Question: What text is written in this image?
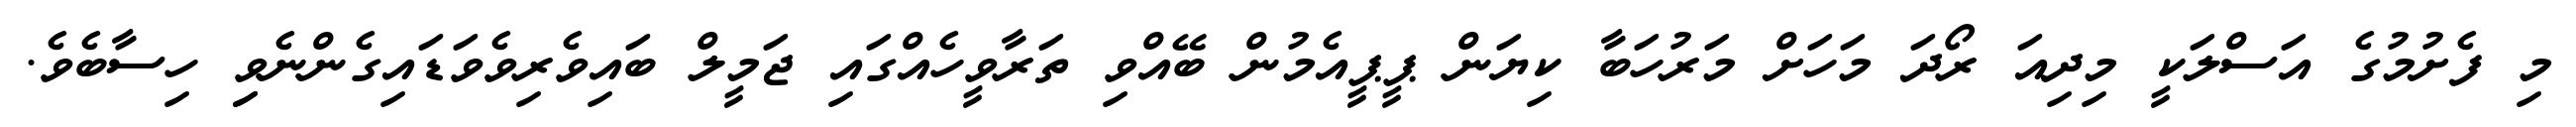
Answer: މި ފެށުމުގެ އަސްލަކީ މިދިއަ ރޯދަ މަހަށް މަރުހަބާ ކިޔަން ޕީޕީއެމުން ބޭއްވި ތަރާވީހެއްގައި ޖަމީލް ބައިވެރިވެވަޑައިގެންނެވިި ހިސާބެވެ.